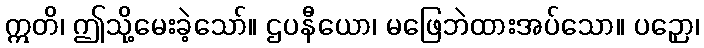
ဣတိ၊ ဤသို့မေးခဲ့သော်။ ဌပနီယော၊ မဖြေဘဲထားအပ်သော။ ပဉှော၊